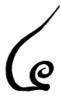
៤